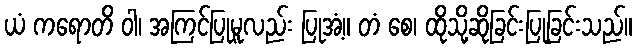
ယံ ကရောတိ ဝါ၊ အကြင်ပြုမူလည်း ပြုအံ့။ တံ စေ၊ ထိုသို့ဆိုခြင်းပြုခြင်းသည်။